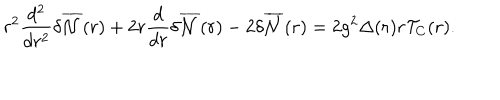
LaTeX: r ^ { 2 } \frac { d ^ { 2 } } { d r ^ { 2 } } { \delta } \overline { { { \cal { N } } } } ( r ) + 2 r \frac { d } { d r } { \delta } \overline { { { \cal { N } } } } ( r ) - 2 { \delta } \overline { { { \cal { N } } } } ( r ) = 2 g ^ { 2 } { \Delta } ( r ) r { \cal T } _ { C } ( r ) .